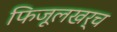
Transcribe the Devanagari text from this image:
फिजूलखर्च